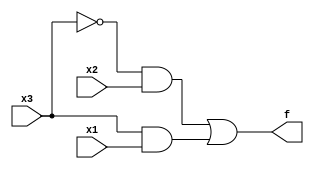
// Exercise 3-1-1-8: Truth Table
module TruthTable (
    input x3,
    input x2,
    input x1,  // three inputs
    output f   // one output
);
    // based on truth table: assign f = (~x3 & x2) | (x3 & x1); 
    // can be further simplified to mux: f = x3 ? x1 : x2;
    assign f = (~x3 & x2) | (x3 & x1);
endmodule